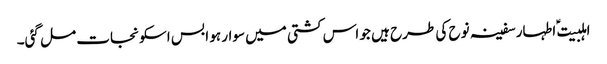
اہلبیت ؑ اطہار سفینہ نوح کی طرح ہیں جو اس کشتی میں سوار ہو ا بس اسکو نجات مل گئی۔